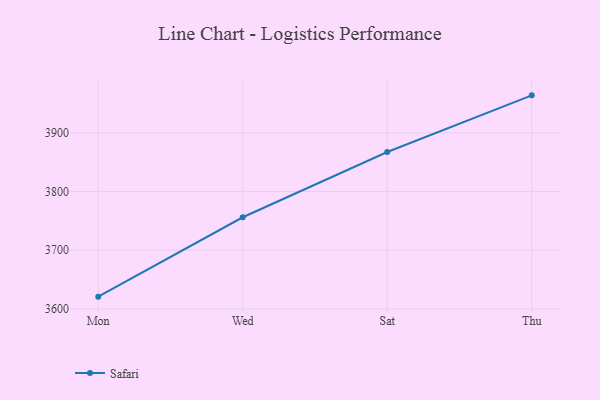
{"axis": {"x": "Day", "y": "Satisfaction Score"}, "legend": ["Safari"], "data": [{"x": "Mon", "y": 3620.9, "type": "Safari"}, {"x": "Wed", "y": 3756.2, "type": "Safari"}, {"x": "Sat", "y": 3867.3, "type": "Safari"}, {"x": "Thu", "y": 3963.9, "type": "Safari"}]}